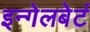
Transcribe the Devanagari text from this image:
इन्गेलबेर्ट